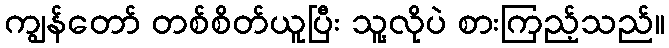
ကျွန်တော် တစ်စိတ်ယူပြီး သူ့လိုပဲ စားကြည့်သည်။